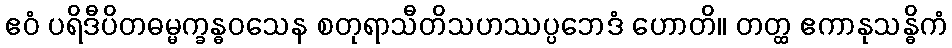
ဧဝံ ပရိဒီပိတဓမ္မက္ခန္ဓဝသေန စတုရာသီတိသဟဿပ္ပဘေဒံ ဟောတိ။ တတ္ထ ဧကာနုသန္ဓိကံ